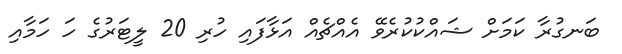
ބަނގުރާ ކަމަށް ޝައްކުކުރެވޭ އެއްޗެއް އަޅާފައި ހުރި 20 ލީޓަރުގެ ހަ ހަމާއި